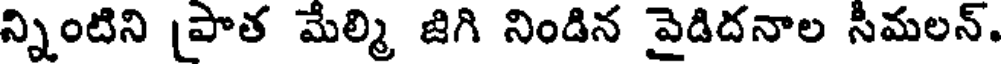
న్నింటిని పాత మేల్మి జిగి నిండిన వైడిదనాల సీమలన్.